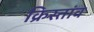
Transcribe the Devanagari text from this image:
क्रिस्तांव